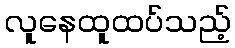
လူနေထူထပ်သည့်